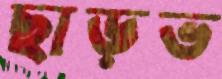
ছাড়ভ